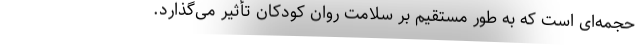
حجمه‌ای است که به طور مستقیم بر سلامت روان کودکان تأثیر می‌گذارد.